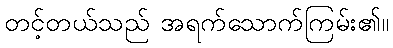
တင့်တယ်သည် အရက်သောက်ကြမ်း၏။